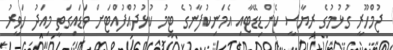
ޖުމްހޫރީ ގުޅުމުގެ ރިޔާސީ ކެންޑިޑޭޓާއި އެމަނިކުފާނުގެ ޓީމު ކުޅުދުއްފުއްޓަށް ވަޑައިގަތީ މިއަދު ހަވީރު